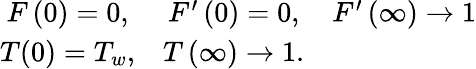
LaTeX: \begin{array}{ccc}{F\left(0\right)=0,}&{F^{\prime}\left(0\right)=0,}&{F^{\prime}\left(\infty\right)\to 1}\\ {T(0)=T_{w},}&{T\left(\infty\right)\to 1.}&{}\end{array}